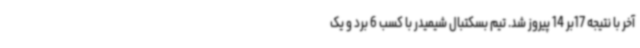
آخر با نتیجه 17بر 14 پیروز شد. تیم بسکتبال شیمیدر با کسب 6 برد و یک